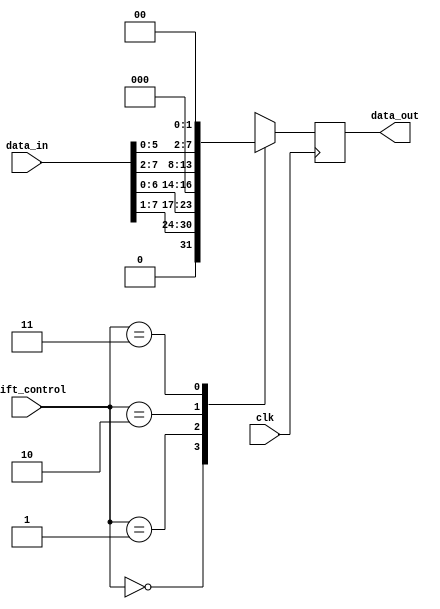
module fixed_point_shift_register(
    input [7:0] data_in,
    input [1:0] shift_control,
    output reg [7:0] data_out,
    input clk
);

always @(posedge clk) begin
    case(shift_control)
        2'b00: data_out <= data_in >> 1; // Shift right
        2'b01: data_out <= data_in << 1; // Shift left
        2'b10: data_out <= data_in >> 2; // Shift right by 2 positions
        2'b11: data_out <= data_in << 2; // Shift left by 2 positions
    endcase
end

endmodule